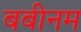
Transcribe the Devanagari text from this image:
बबीनम